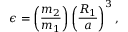
\epsilon = \left( \frac { m _ { 2 } } { m _ { 1 } } \right) \left( \frac { R _ { 1 } } { a } \right) ^ { 3 } ,